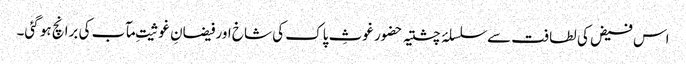
اس فیض کی لطافت سے سلسلۂ چشتیہ حضور غوثِ پاک کی شاخ اور فیضانِ غوثیتِ مآب کی برانچ ہو گئی۔